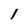
Character: 1